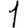
Digit: 1